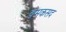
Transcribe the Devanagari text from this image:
बेमकसद